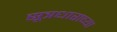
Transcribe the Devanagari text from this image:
सूत्रधाराच्या